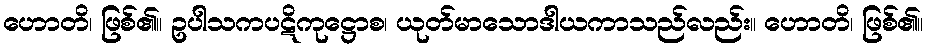
ဟောတိ၊ ဖြစ်၏။ ဥပါသကပဋိကုဋ္ဌောစ၊ ယုတ်မာသောဒါယကာသည်လည်း။ ဟောတိ၊ ဖြစ်၏။